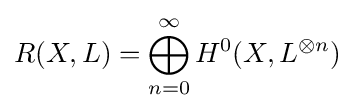
R(X,L)=\bigoplus _{n=0}^{\infty }H^{0}(X,L^{\otimes n})